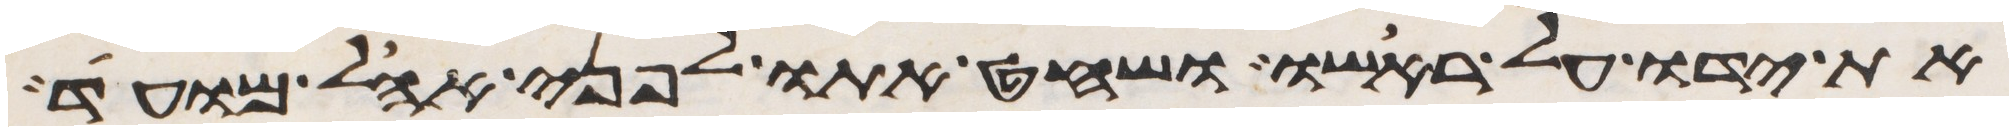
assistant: את ידו על ראשו ושחט אתו לפני אהל מועד